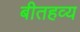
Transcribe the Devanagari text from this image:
बीतहव्य